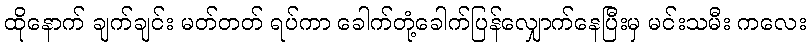
ထိုနောက် ချက်ချင်း မတ်တတ် ရပ်ကာ ခေါက်တုံ့ခေါက်ပြန်လျှောက်နေပြီးမှ မင်းသမီး ကလေး